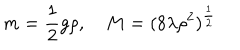
m = \frac 1 2 g \rho , \quad M = ( 8 \lambda \rho ^ { 2 } ) ^ { \frac 1 2 }